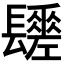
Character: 𨲻